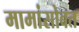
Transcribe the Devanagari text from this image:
मामांसोबत